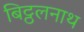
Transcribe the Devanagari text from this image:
बिट्ठलनाथ